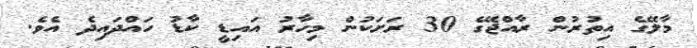
މާލޭގެ އިތުރުން ރާއްޖޭގެ 30 ރަށަކުން މިހާރު އައިޑީ ކާޑު ހައްދައިދެ އެވެ.